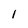
Character: l